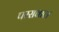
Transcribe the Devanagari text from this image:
परसवाल